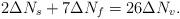
LaTeX: \begin{align*}2\Delta N_{s}+7\Delta N_{f}=26 \Delta N_{v}. \end{align*}